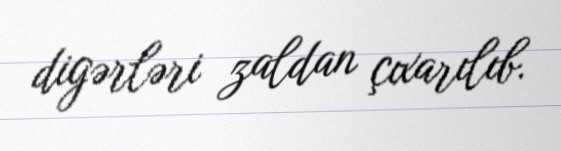
digərləri zaldan çıxarılıb.